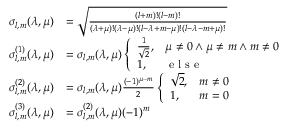
\begin{array} { r l } { \sigma _ { l , m } ( \lambda , \mu ) } & { = \sqrt { \frac { ( l + m ) ! ( l - m ) ! } { ( \lambda + \mu ) ! ( \lambda - \mu ) ! ( l - \lambda + m - \mu ) ! ( l - \lambda - m + \mu ) ! } } } \\ { \sigma _ { l , m } ^ { ( 1 ) } ( \lambda , \mu ) } & { = \sigma _ { l , m } ( \lambda , \mu ) \left\{ \begin{array} { l l } { \frac { 1 } { \sqrt { 2 } } , } & { \mu \neq 0 \land \mu \neq m \land m \neq 0 } \\ { 1 , } & { \textup { e l s e } } \end{array} \right. } \\ { \sigma _ { l , m } ^ { ( 2 ) } ( \lambda , \mu ) } & { = \sigma _ { l , m } ( \lambda , \mu ) \frac { ( - 1 ) ^ { \mu - m } } { 2 } \left\{ \begin{array} { l l } { \sqrt { 2 } , } & { m \neq 0 } \\ { 1 , } & { m = 0 } \end{array} \right. } \\ { \sigma _ { l , m } ^ { ( 3 ) } ( \lambda , \mu ) } & { = \sigma _ { l , m } ^ { ( 2 ) } ( \lambda , \mu ) ( - 1 ) ^ { m } } \end{array}